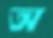
অ